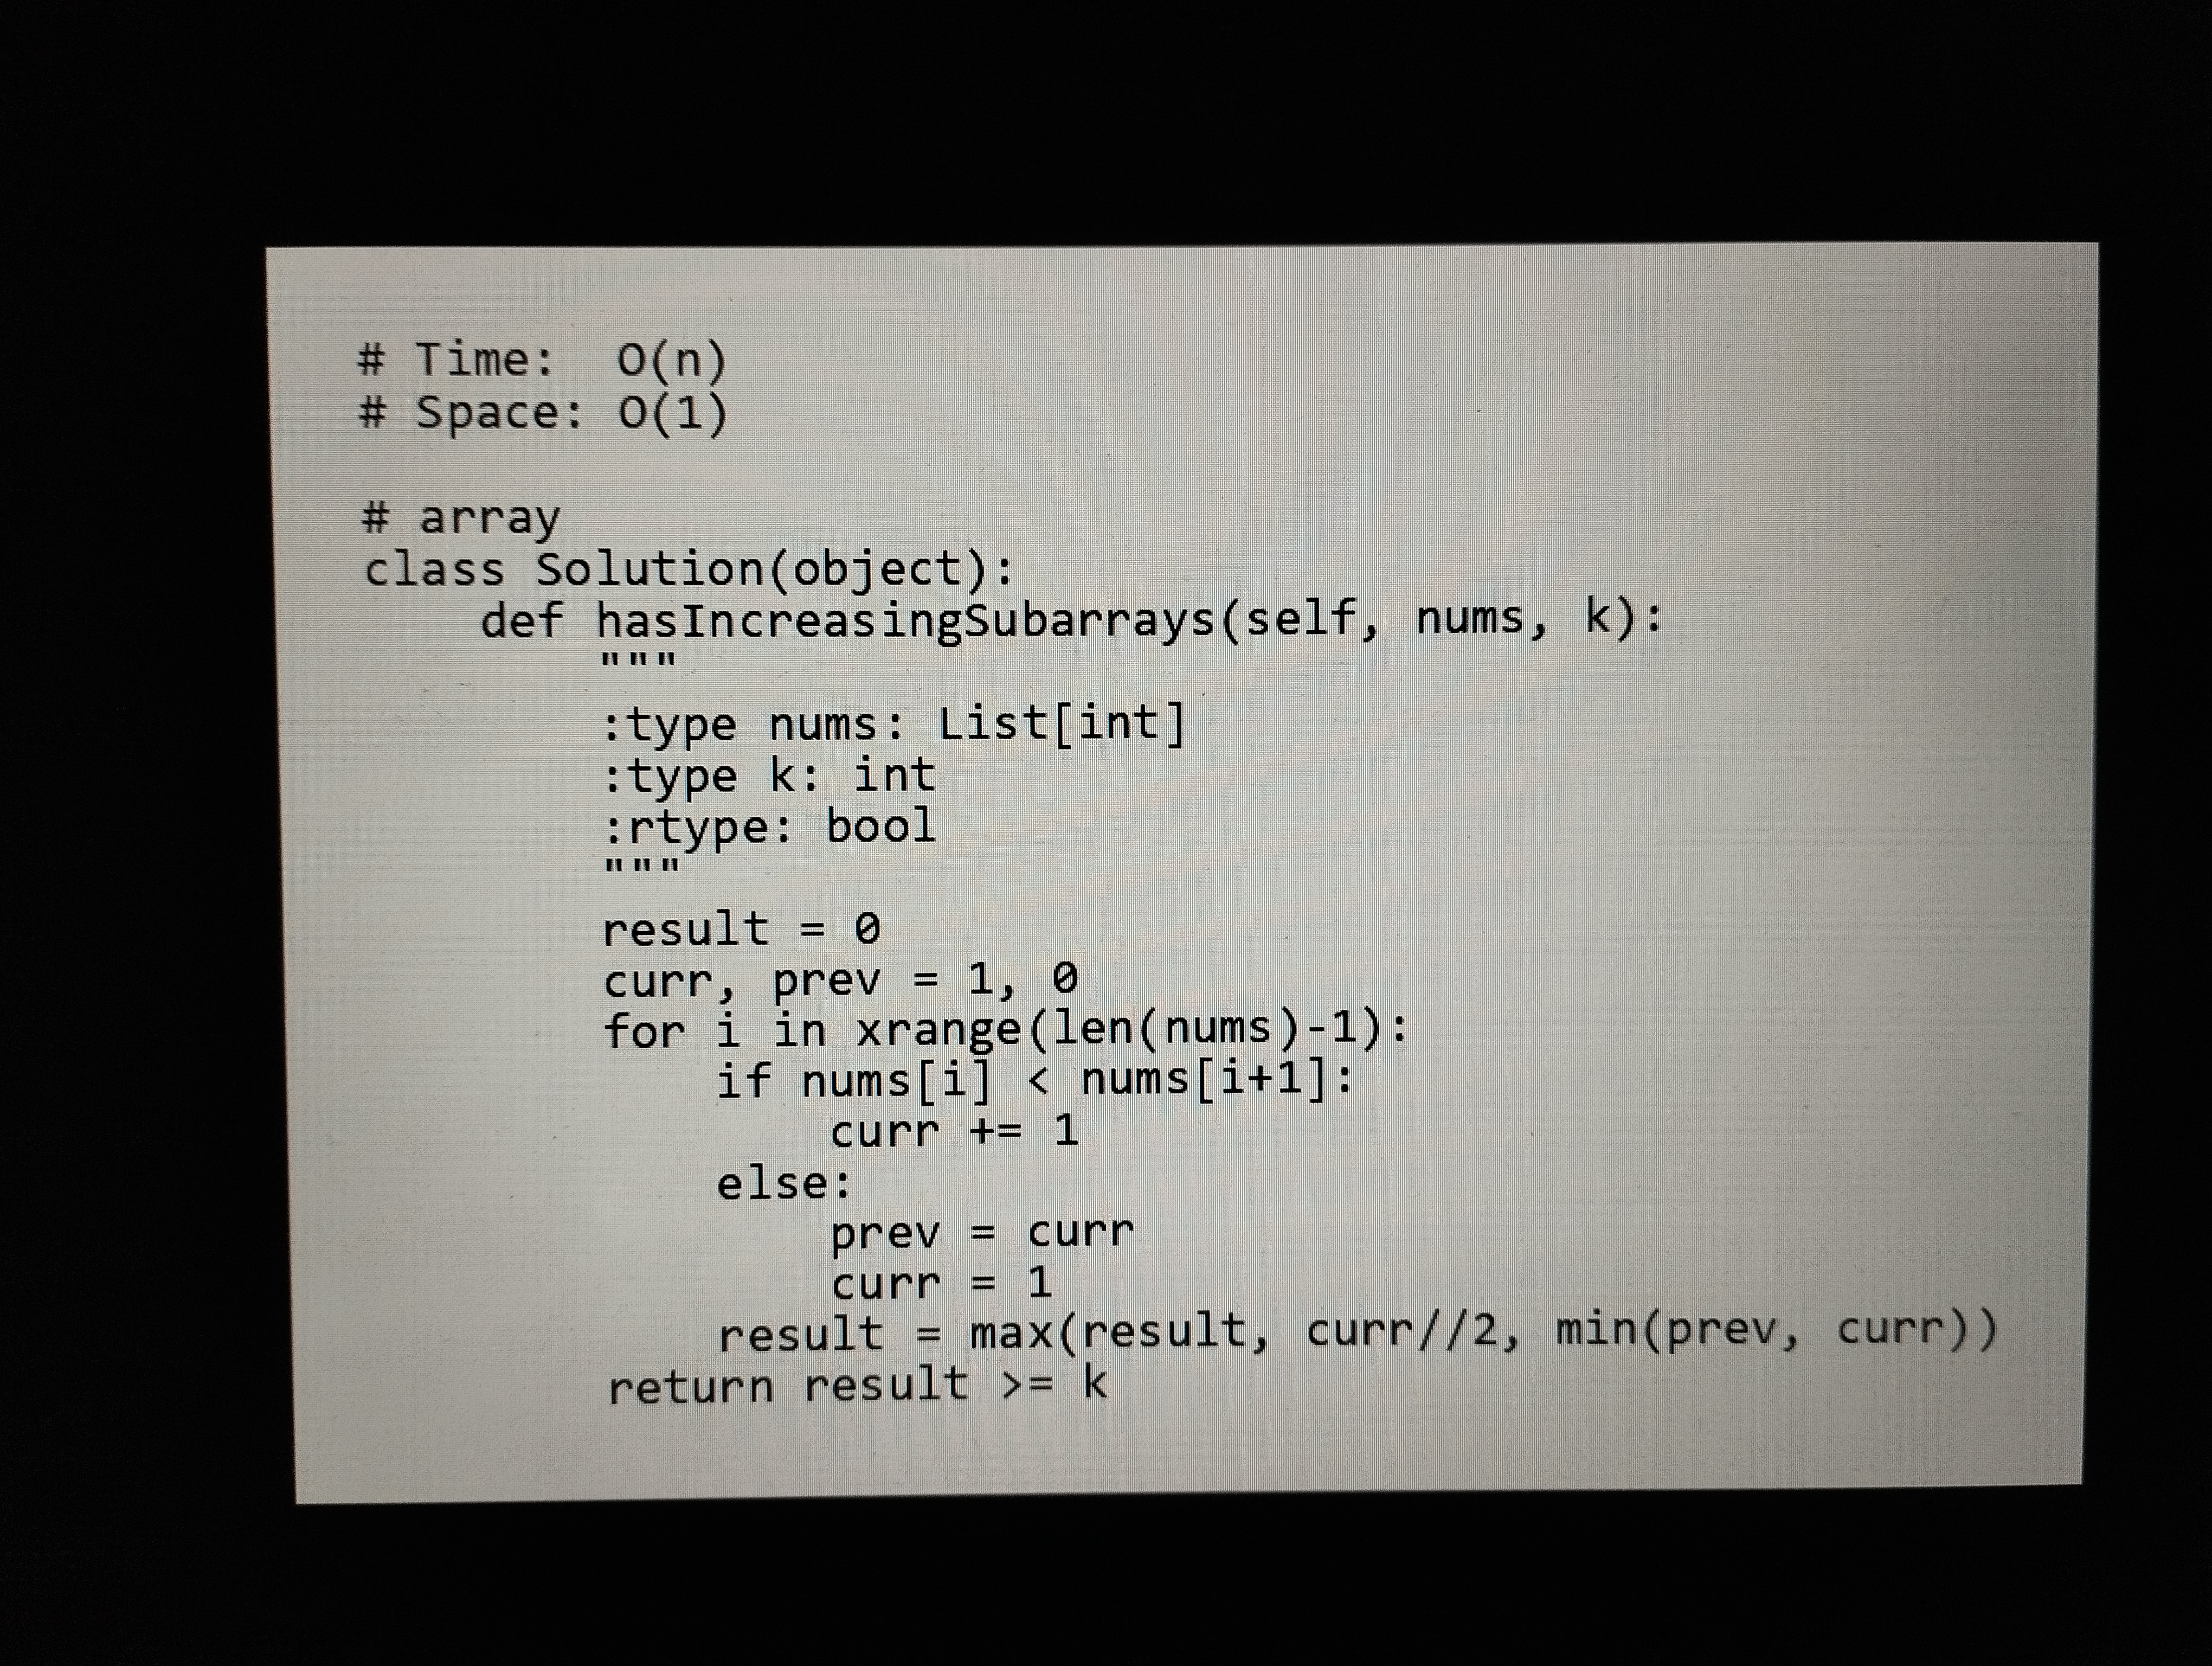
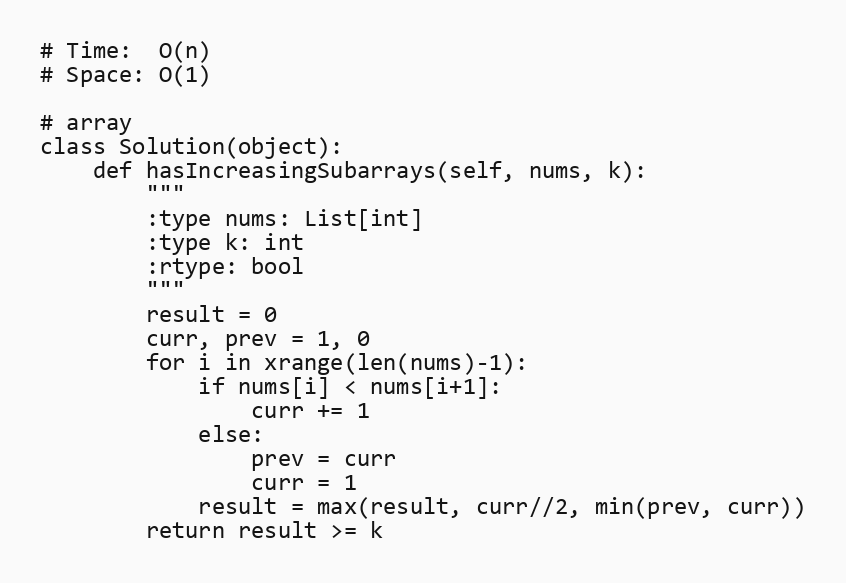
# Time:  O(n)
# Space: O(1)

# array
class Solution(object):
    def hasIncreasingSubarrays(self, nums, k):
        """
        :type nums: List[int]
        :type k: int
        :rtype: bool
        """
        result = 0
        curr, prev = 1, 0
        for i in xrange(len(nums)-1):
            if nums[i] < nums[i+1]:
                curr += 1
            else:
                prev = curr
                curr = 1
            result = max(result, curr//2, min(prev, curr))
        return result >= k